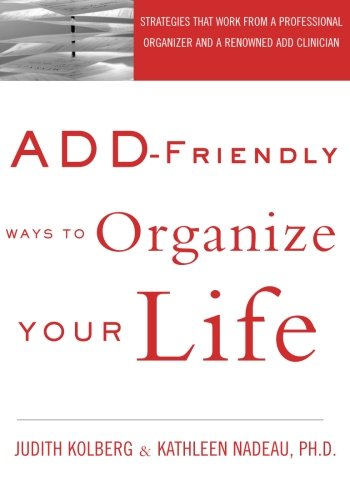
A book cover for ADD-Friendly Ways to Organize Your Life; Judith Kolberg; Education & Teaching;